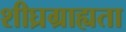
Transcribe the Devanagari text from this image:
शीघ्रग्राह्यता